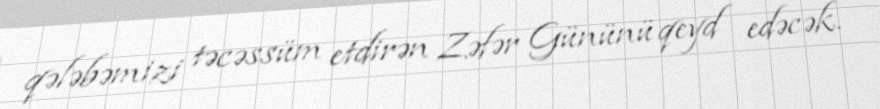
qələbəmizi təcəssüm etdirən Zəfər Gününü qeyd edəcək.